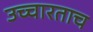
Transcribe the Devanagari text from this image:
उच्चारताच